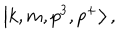
LaTeX: \left| k , m , p ^ { 3 } , p ^ { + } \right> ,